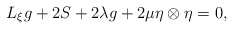
\begin{align*}L_{\xi}g+2S+2\lambda g+2\mu\eta\otimes \eta=0,\end{align*}